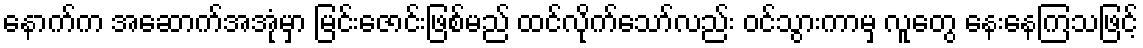
နောက်က အဆောက်အအုံမှာ မြင်းဇောင်းဖြစ်မည် ထင်လိုက်သော်လည်း ဝင်သွားကာမှ လူတွေ နေးနေကြသဖြင့်